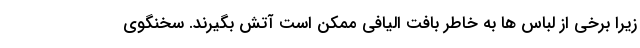
زیرا برخی از لباس ها به خاطر بافت الیافی ممکن است آتش بگیرند. سخنگوی